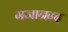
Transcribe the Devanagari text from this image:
गजानन्द